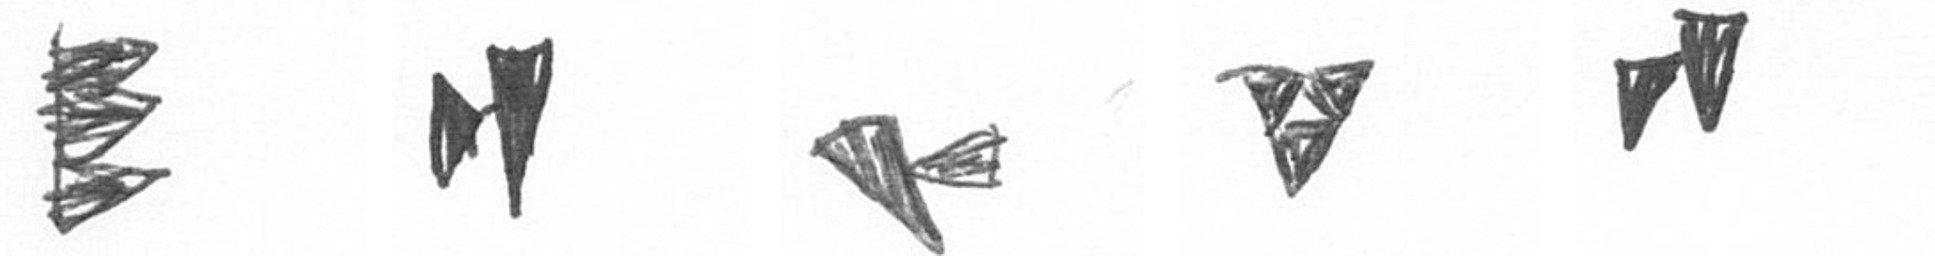
H M F S M